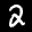
Label: 2